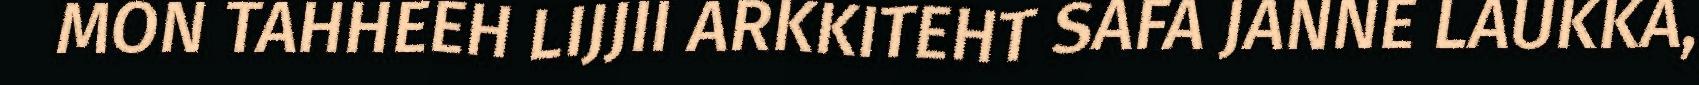
MON TAHHEEH LIJJII ARKKITEHT SAFA JANNE LAUKKA,